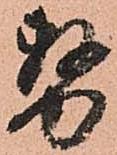
務